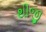
થીજી